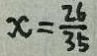
x = \frac { 2 6 } { 3 5 }